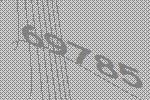
69785